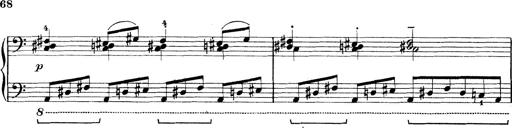
Title: Rapsodie: 19 ungheresi, 1 spagnuola
Composer: Franz Liszt